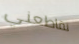
تقاطعني